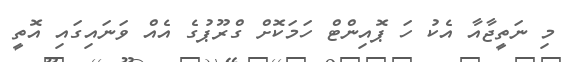
މި ނަތީޖާއާ އެކު ހަ ޕޮއިންޓް ހަމަކޮށް ގްރޫޕުގެ އެއް ވަނައިގައި އޮތީ